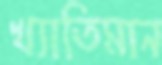
খ্যাতিমান